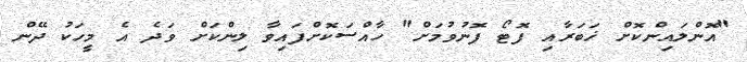
"އޮންލައިންކޮށް ޚަބަރާއި ފޮޓޯ ފޮނުވުމަށް" ހާއްސަކޮށްފައިވާ ލިންކަށް ވަދެ އެ މީހަކު ދޭން